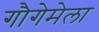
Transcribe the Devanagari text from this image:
गौगेमेला